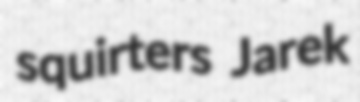
squirters Jarek